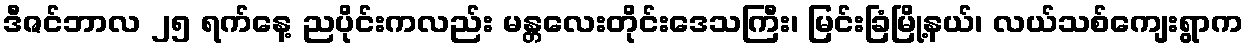
ဒီဇင်ဘာလ ၂၅ ရက်နေ့ ညပိုင်းကလည်း မန္တလေးတိုင်းဒေသကြီး၊ မြင်းခြံမြို့နယ်၊ လယ်သစ်ကျေးရွာက